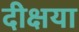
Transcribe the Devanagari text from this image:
दीक्षया